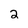
Character: 2